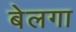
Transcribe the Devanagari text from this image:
बेलगा